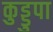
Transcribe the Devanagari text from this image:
कुड्डुपा